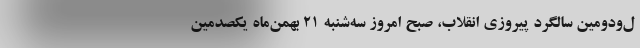
ل‌ودومین سالگرد پیروزی انقلاب، صبح امروز سه‌شنبه ٢١ بهمن‌ماه یکصدمین